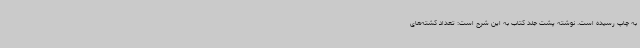
به چاپ رسیده است. نوشته پشت‌ جلد کتاب به این شرح است: تعداد کشته‌های